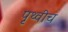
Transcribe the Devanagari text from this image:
पृथ्वीच